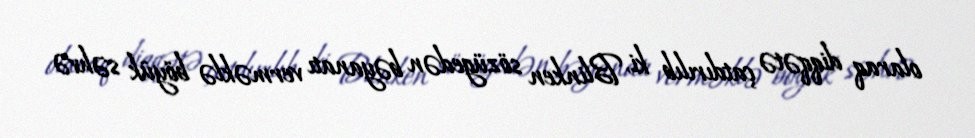
olaraq diqqətə çatdırılıb ki, Blinken sözügedən bəyanatı verməklə böyük səhvə